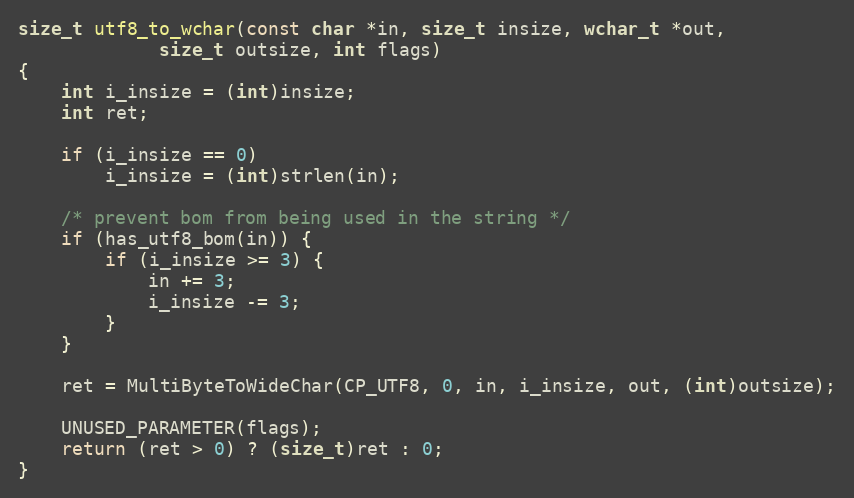
Language: C
size_t utf8_to_wchar(const char *in, size_t insize, wchar_t *out,
		     size_t outsize, int flags)
{
	int i_insize = (int)insize;
	int ret;

	if (i_insize == 0)
		i_insize = (int)strlen(in);

	/* prevent bom from being used in the string */
	if (has_utf8_bom(in)) {
		if (i_insize >= 3) {
			in += 3;
			i_insize -= 3;
		}
	}

	ret = MultiByteToWideChar(CP_UTF8, 0, in, i_insize, out, (int)outsize);

	UNUSED_PARAMETER(flags);
	return (ret > 0) ? (size_t)ret : 0;
}